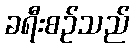
ခရီးစဉ်သည်